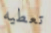
تعطيه